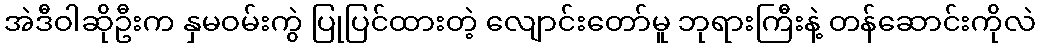
အဲဒီဝါဆိုဦးက နှမဝမ်းကွဲ ပြုပြင်ထားတဲ့ လျောင်းတော်မူ ဘုရားကြီးနဲ့ တန်ဆောင်းကိုလဲ